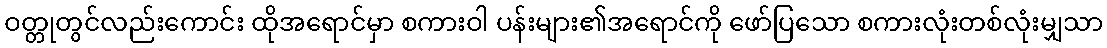
ဝတ္တုတွင်လည်းကောင်း ထိုအရောင်မှာ စကားဝါ ပန်းများ၏အရောင်ကို ဖော်ပြသော စကားလုံးတစ်လုံးမျှသာ